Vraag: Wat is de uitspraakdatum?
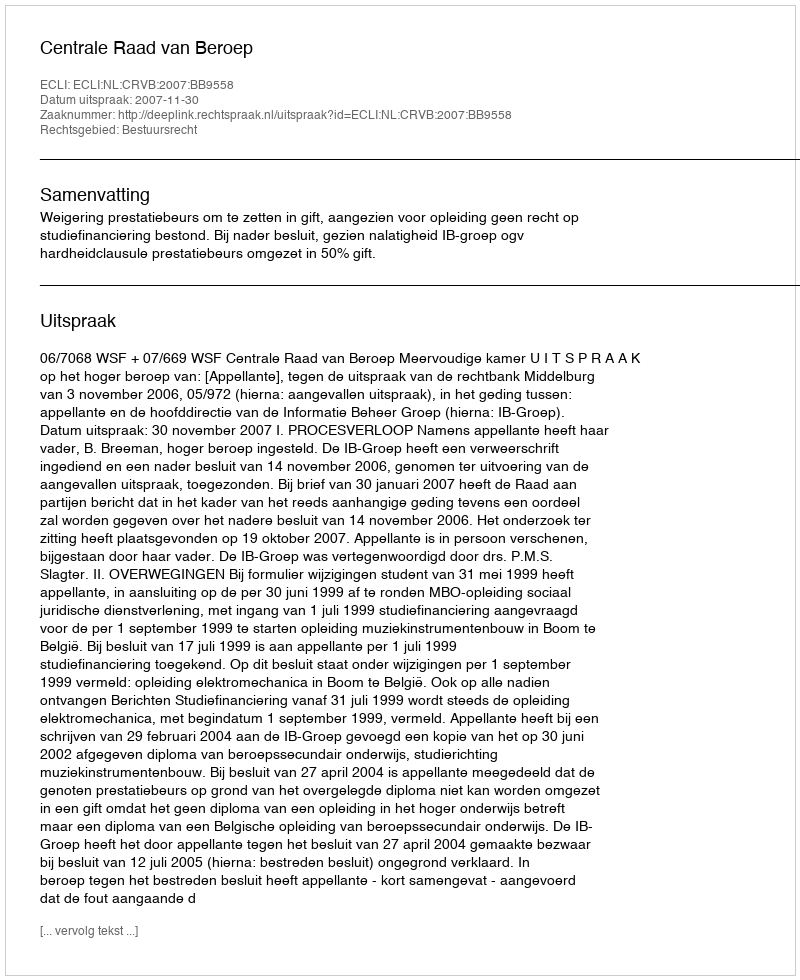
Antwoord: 2007-11-30